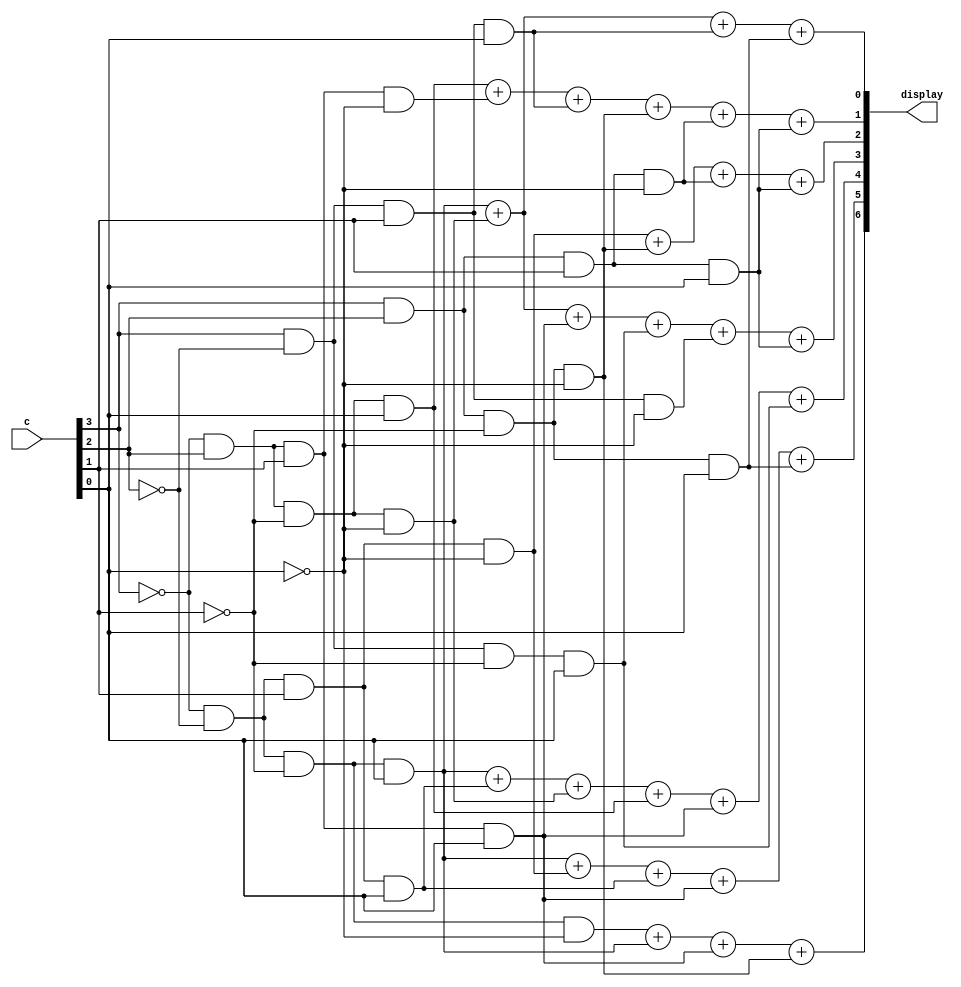
module hex_decoder (c, display);
	input [3:0] c;
	output [6:0] display;
	assign c0 = c[0];
	assign c1 = c[1];
	assign c2 = c[2];
	assign c3 = c[3];

	assign display[0] = (~c3 & ~c2 & ~c1 & c0) + (~c3 & c2 & ~c1 & ~c0) + (c3 & ~c2 & c1 & c0) + (c3 & c2 & ~c1 & c0);
	
	assign display[1] = (~c3 & c2 & ~c1 & c0) + (~c3 & c2 & c1 & ~c0) + (c3 & ~c2 & c1 & c0) + (c3 & c2 & ~c1 & ~c0) + (c3 & c2 & c1 & ~c0) + (c3 & c2 & c1 & c0);
	
	assign display[2] = (~c3 & ~c2 & c1 & ~c0) + (c3 & c2 & ~c1 & ~c0) + (c3 & c2 & c1 & ~c0) + (c3 & c2 & c1 & c0);
	
	assign display[3] = (~c3 & ~c2 & ~c1 & c0) + (~c3 & c2 & ~c1 & ~c0) + (~c3 & c2 & c1 & c0) + (c3 & ~c2 & ~c1 & c0) + (c3 & ~c2 & c1 & ~c0) + (c3 & c2 & c1 & c0);
	
	assign display[4] = (~c3 & ~c2 & ~c1 & c0) + (~c3 & ~c2 & c1 & c0) + (~c3 & c2 & ~c1 & ~c0) + (~c3 & c2 & ~c1 & c0) + (~c3 & c2 & c1 & c0) + (c3 & ~c2 & ~c1 & c0);
	
	assign display[5] = (~c3 & ~c2 & ~c1 & c0) + (~c3 & ~c2 & c1 & ~c0) + (~c3 & ~c2 & c1 & c0) + (~c3 & c2 & c1 & c0) + (c3 & c2 & ~c1 & c0);
	
	assign display[6] = (~c3 & ~c2 & ~c1 & ~c0) + (~c3 & ~c2 & ~c1 & c0) + (~c3 & c2 & c1 & c0) + (c3 & c2 & ~c1 & ~c0);
endmodule